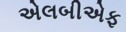
એલબીએફ